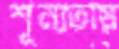
শূন্যতায়